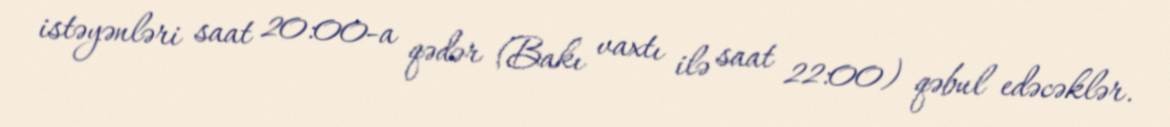
istəyənləri saat 20:00-a qədər (Bakı vaxtı ilə saat 22:00) qəbul edəcəklər.